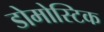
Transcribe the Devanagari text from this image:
डोमोस्टिक